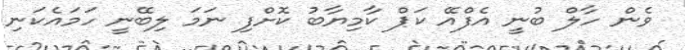
ވެން ހާލް ބުނީ އެފްއޭ ކަޕް ކާމިޔާބު ކޮށްފި ނަމަ ލިބޭނީ ހަމައެކަނި